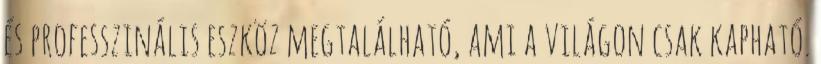
és professzinális eszköz megtalálható, ami a világon csak kapható.